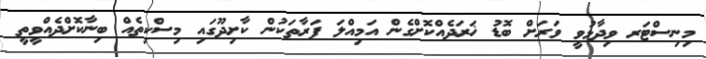
މިނިސްޓަރ ވިދާޅުވީ ވަރަށް ބޮޑު ޚަރަދެއްކޮށްގެން އަމިއްލަ ފަރާތަކުން ކާށިދޫގައި މިސްކިތެއް ބިނާކޮށްދެއްވީތީ